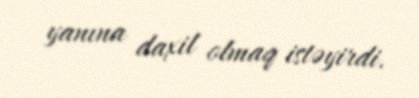
yanına daxil olmaq istəyirdi.